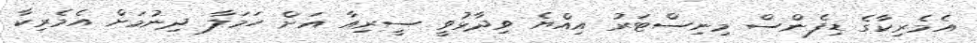
އެމެރިކާގެ ޑިފެންސް މިނިސްޓަރު އިއްޔެ ވިދާޅުވީ ސީރިއާ އަށް ހަމަލާ ދިނުމަށް އެމެރިކާ